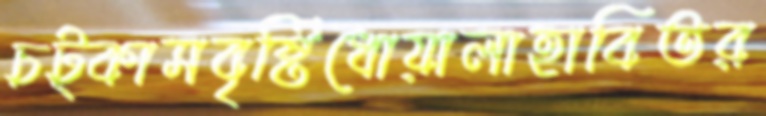
চট্‌কাসবৃষ্টিধোয়ালাহাবিতর